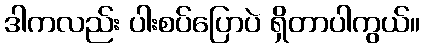
ဒါကလည်း ပါးစပ်ပြောပဲ ရှိတာပါကွယ်။